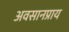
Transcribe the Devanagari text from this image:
अवसानप्राय